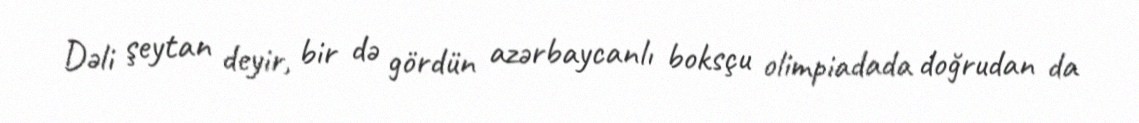
Dəli şeytan deyir, bir də gördün azərbaycanlı boksçu olimpiadada doğrudan da